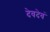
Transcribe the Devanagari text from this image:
देवदेवं